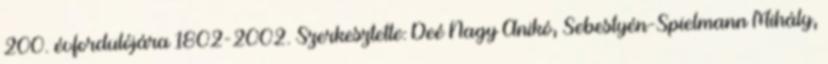
200. évfordulójára 1802-2002. Szerkesztette: Deé Nagy Anikó, Sebestyén-Spielmann Mihály,